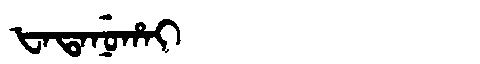
Manchu: ᡶᠠᡨᠠᠨᡠᡥᠠᡳ
Romanization: FATANUHAI